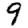
Digit: 9